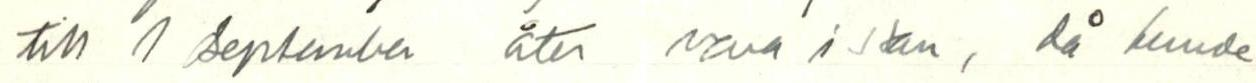
till 1 September åter vara i stan, då kunde